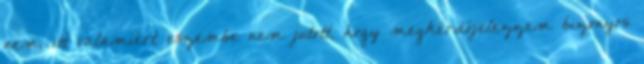
nem, itt valamiért eszembe nem jutott, hogy megkérdőjelezzem bizonyos